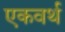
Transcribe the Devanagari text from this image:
एकवर्थ